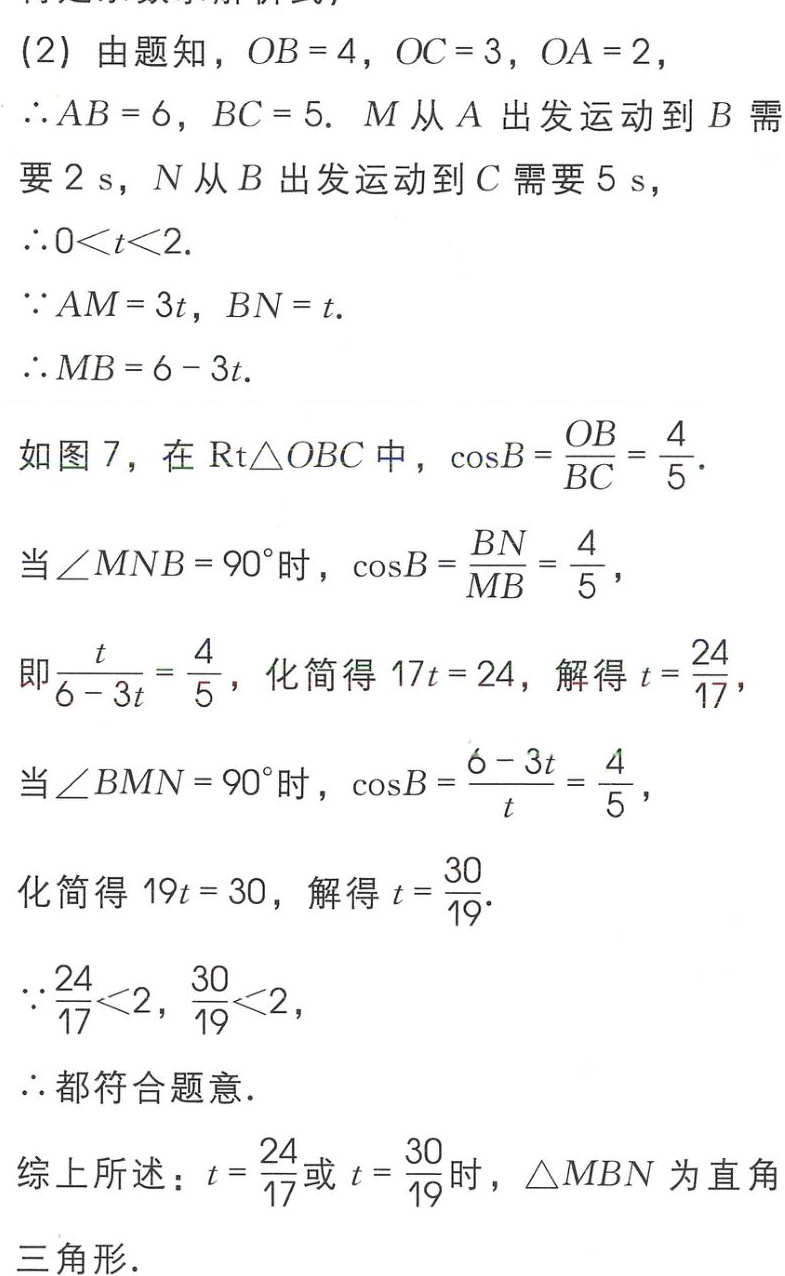
(2) 由题知，\(OB = 4\)，\(OC = 3\)，\(OA = 2\)，

\(\therefore AB = 6\)，\(BC = 5\). \(M\)从\(A\)出发运动到\(B\)需要\(2\ s\)，\(N\)从\(B\)出发运动到\(C\)需要\(5\ s\)，

\(\therefore 0<t<2\).

\(\because AM = 3t\)，\(BN = t\).

\(\therefore MB = 6 - 3t\).

如图 7，在\(Rt\triangle OBC\)中，\(\cos B=\frac{OB}{BC}=\frac{4}{5}\).

当\(\angle MNB = 90^{\circ}\)时，\(\cos B=\frac{BN}{MB}=\frac{4}{5}\)，

即\(\frac{t}{6 - 3t}=\frac{4}{5}\)，化简得 \(17t = 24\)，解得 \(t = \frac{24}{17}\)，

当\(\angle BMN = 90^{\circ}\)时，\(\cos B=\frac{6 - 3t}{t}=\frac{4}{5}\)，

化简得 \(19t = 30\)，解得 \(t = \frac{30}{19}\).

\(\because\frac{24}{17}<2\)，\(\frac{30}{19}<2\)，

\(\therefore\)都符合题意.

综上所述：\(t = \frac{24}{17}\)或 \(t = \frac{30}{19}\)时，\(\triangle MBN\)为直角三角形.